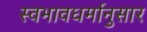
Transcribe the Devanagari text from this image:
स्वभावधर्मानुसार